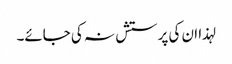
لہذا ان کی پرستش نہ کی جائے۔